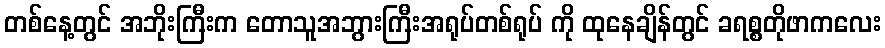
တစ်နေ့တွင် အဘိုးကြီးက တောသူအဘွားကြီးအရုပ်တစ်ရုပ် ကို ထုနေချိန်တွင် ခရစ္စတိုဖာကလေး